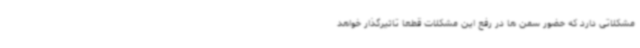
مشکلاتی دارد که حضور سمن ها در رفع این مشکلات قطعا تاثیرگذار خواهد